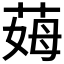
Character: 𦲝